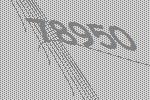
78950